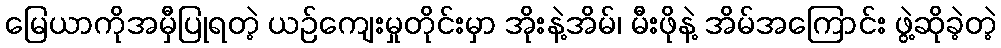
မြေယာကိုအမှီပြုရတဲ့ ယဉ်ကျေးမှုတိုင်းမှာ အိုးနဲ့အိမ်၊ မီးဖိုနဲ့ အိမ်အကြောင်း ဖွဲ့ဆိုခဲ့တဲ့